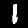
Digit: 1